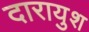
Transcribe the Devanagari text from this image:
दारायुश